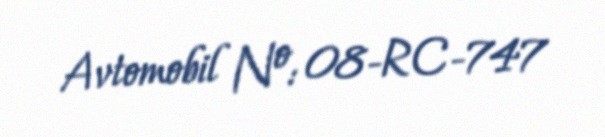
Avtomobil №: 08-RC-747